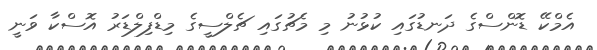
އެމްކޭ ޑޮންސްގެ ދަނޑުގައި ކުޅުނު މި މެޗުގައި ޗެލްސީގެ މިޑްފިލްޑަރު އޮސްކާ ވަނީ